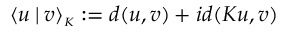
\langle u \mathbin | v \rangle _ { \scriptscriptstyle K } : = d ( u , v ) + i d ( K u , v )